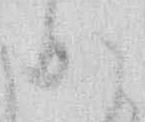
か